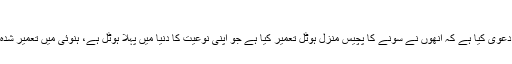
تصویر : ویڈیو سکرین شاٹس
غیر ملکی میڈیا کے مطابق ویت نام کے ایک ڈویلپر نے دعوی کیا ہے کہ انھوں نے سونے کا پچیس منزل ہوٹل تعمیر کیا ہے جو اپنی نوعیت کا دنیا میں پہلا ہوٹل ہے، ہنوئی میں تعمیر شدہ اس پر تعیش ہوٹل میں گولڈ پلیٹڈ ٹائلز کا استعمال ہوا ہے۔